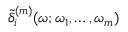
\tilde { \delta } _ { i } ^ { ( m ) } ( \omega ; \omega _ { 1 } , \dots , \omega _ { m } )